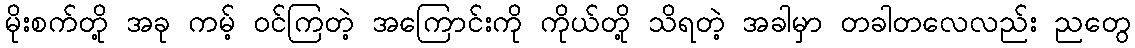
မိုးစက်တို့ အခု ကမ့် ဝင်ကြတဲ့ အကြောင်းကို ကိုယ်တို့ သိရတဲ့ အခါမှာ တခါတလေလည်း ညတွေ